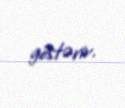
göstərir.